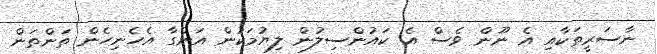
ނާސަރީތަކާއި އެ ނޫން ވެސް އެ ކައުންސިލުން ލިޔުމަކުން އަންގާ އެހެނިހެން ތަންތަން